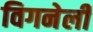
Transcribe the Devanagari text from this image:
विगनेली